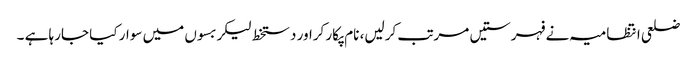
ضلعی انتظامیہ نے فہرستیں مرتب کرلیں، نام پکار کراور دستخط لیکر بسوں میں سوار کیا جارہا ہے ۔